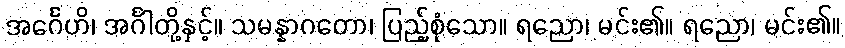
အင်္ဂေဟိ၊ အင်္ဂါတို့နှင့်။ သမန္နာဂတော၊ ပြည့်စုံသော။ ရညော၊ မင်း၏။ ရညော၊ မင်း၏။